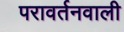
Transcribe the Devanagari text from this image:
परावर्तनवाली